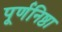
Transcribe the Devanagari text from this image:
पूर्णनिष्ठा